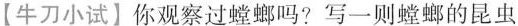
【牛刀小试】你观察过螳螂吗？写一则螳螂的昆虫